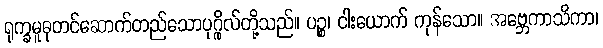
ရုက္ခမူဓုတင်ဆောက်တည်သောပုဂ္ဂိုလ်တို့သည်။ ပဉ္စ၊ ငါးယောက် ကုန်သော။ အဗ္ဘေကာသိကာ၊